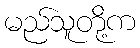
မည်သူတို့က